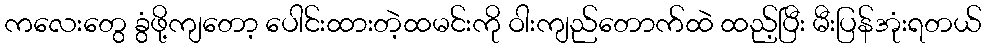
ကလေးတွေ ခွံဖို့ကျတော့ ပေါင်းထားတဲ့ထမင်းကို ဝါးကျည်တောက်ထဲ ထည့်ပြီး မီးပြန်အုံးရတယ်